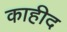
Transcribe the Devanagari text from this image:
काहीद